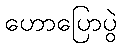
ဟောပြောပွဲ